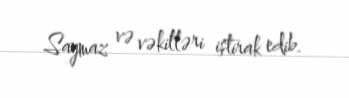
Saymaz və vəkilləri iştirak edib.